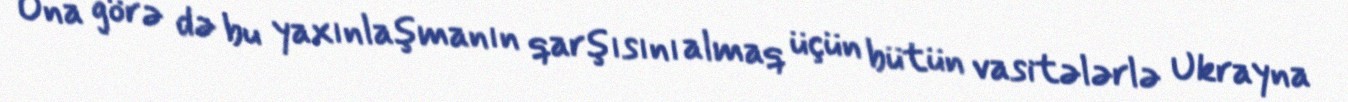
Ona görə də bu yaxınlaşmanın qarşısını almaq üçün bütün vasitələrlə Ukrayna